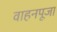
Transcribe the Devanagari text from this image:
वाहनपूजा